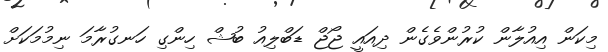
މިކަން އިއުލާން ކުރުންވެގެން ދިއައީ ޖޯޖް ޑަބްލިއު ބުޝް ހިންގި ހަނގުރާމަ ނިމުމަކަށް